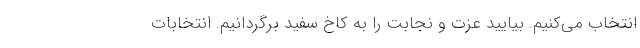
انتخاب می‌کنیم. بیایید عزت و نجابت را به کاخ سفید برگردانیم. انتخابات